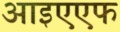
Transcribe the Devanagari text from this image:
आइएएफ